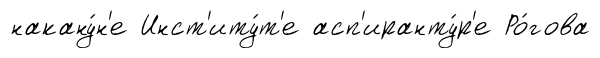
накану́н'е Инст'иту́т'е асп'иранту́р'е Ро́гова